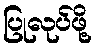
ပြုလုပ်ဖို့